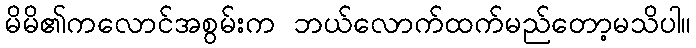
မိမိ၏ကလောင်အစွမ်းက ဘယ်လောက်ထက်မည်တော့မသိပါ။